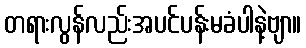
တရားလွန်လည်းအပင်ပန်းမခံပါနဲ့ဗျာ။